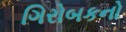
ગિરોબકનો